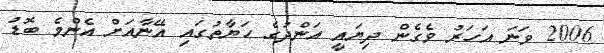
2006 ވަނަ އަހަރު ވެގެން ދިޔައީ އަންދުގެ ޙަޔާތުގައި އޭނާއަށް އެންމެ ބޮޑު